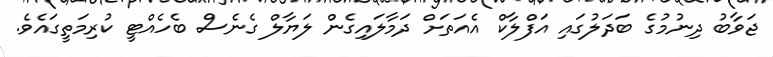
ޖަވާބު ދިނުމުގެ ބަދަލުގައި އަފްލާކް އެއަތަށް ދަމާލައިގެން ލަޔާލް ގެނެސް ބެހެއްޓީ ކުރިމަތީގައެވެ.